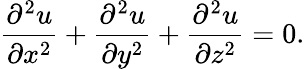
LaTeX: {\frac{\partial^{2}u}{\partial x^{2}}}+{\frac{\partial^{2}u}{\partial y^{2}}}+{\frac{\partial^{2}u}{\partial z^{2}}}=0.